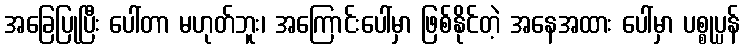
အခြေပြုပြီး ပေါ်တာ မဟုတ်ဘူး၊ အကြောင်းပေါ်မှာ ဖြစ်နိုင်တဲ့ အနေအထား ပေါ်မှာ ပစ္စုပ္ပန်